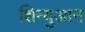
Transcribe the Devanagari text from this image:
शिन्युआन